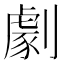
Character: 劇